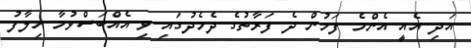
އަދި އެއީ އެންމެ ފަހުން ދެ ފަރާތުގެ ދެމެދުގައި ވި އެއްބަސްވުމާ ހިލާފު